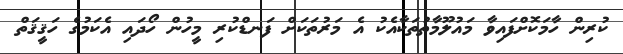
ކުރިން ހާމަކޮށްފައިވާ މައުލޫމާތުތަކާއެކު އެ މަރުތަކަށް ފަނޑްކުރި މީހުން ހޯދައި އެކަމުގެ ހަޤީޤަތް